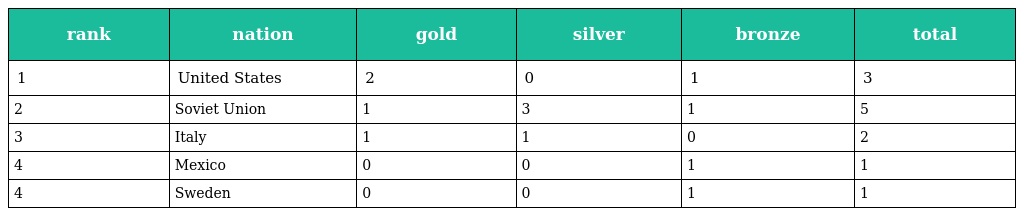
| rank | nation | gold | silver | bronze | total |
 | --- | --- | --- | --- | --- | --- |
 | 1 | United States | 2 | 0 | 1 | 3 |
 | 2 | Soviet Union | 1 | 3 | 1 | 5 |
 | 3 | Italy | 1 | 1 | 0 | 2 |
 | 4 | Mexico | 0 | 0 | 1 | 1 |
 | 4 | Sweden | 0 | 0 | 1 | 1 |